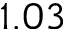
1 . 0 3